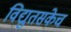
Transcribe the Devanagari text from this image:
विद्युतसंकेच